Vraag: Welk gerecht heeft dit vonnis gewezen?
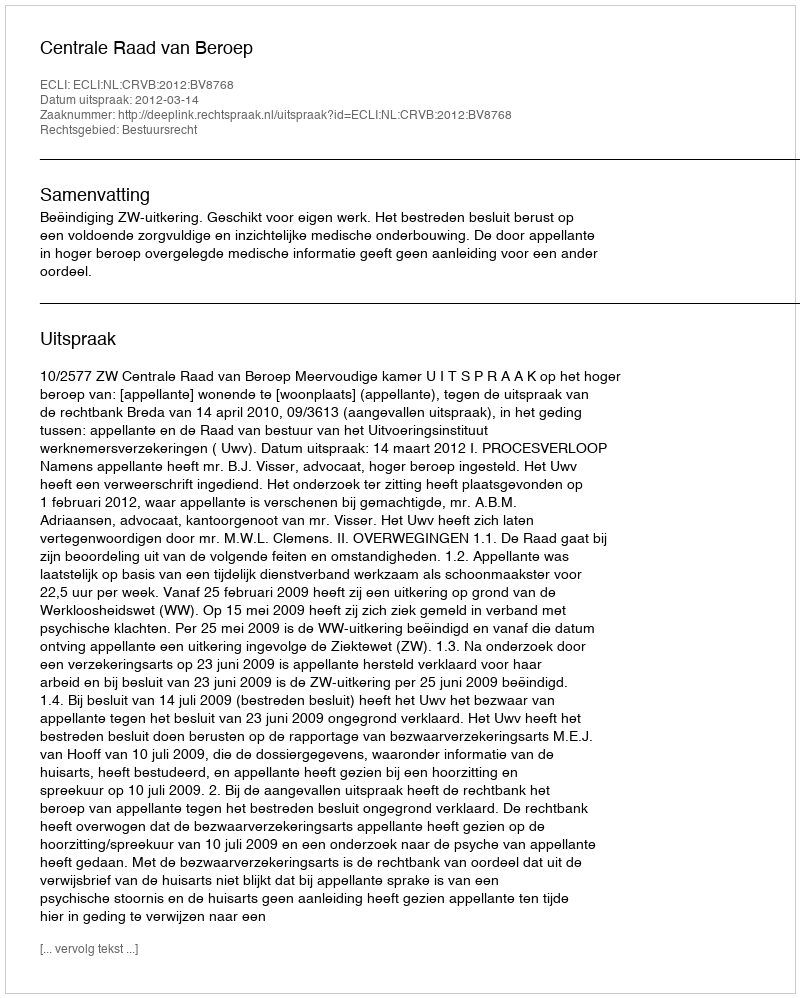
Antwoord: Centrale Raad van Beroep